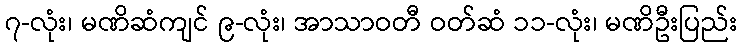
၇-လုံး၊ မဏိဆံကျင် ၉-လုံး၊ အာသာဝတီ ဝတ်ဆံ ၁၁-လုံး၊ မဏိဦးပြည်း